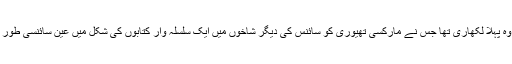
تقی ارانی ایران کا وہ پہلا لکھاری تھا جس نے مارکسی تھیوری کو سائنس کی دیگر شاخوں میں ایک سلسلہ وار کتابوں کی شکل میں عین سائنسی طور پر متعارف کرایا ۔